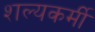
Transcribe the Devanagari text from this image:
शल्यकर्मी